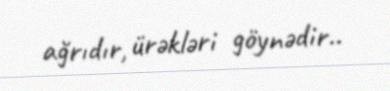
ağrıdır, ürəkləri göynədir..